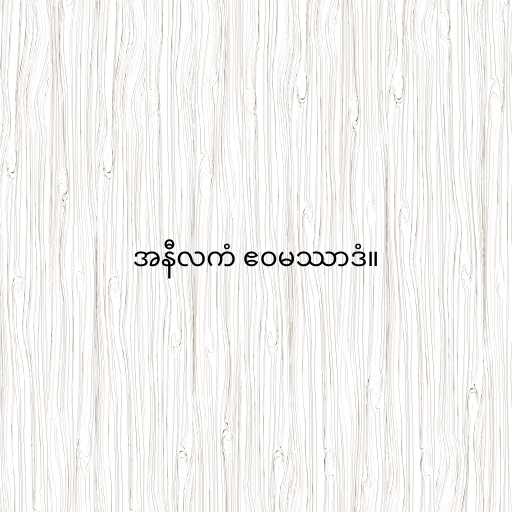
အနီလကံ ဧဝမဿာဒံ။